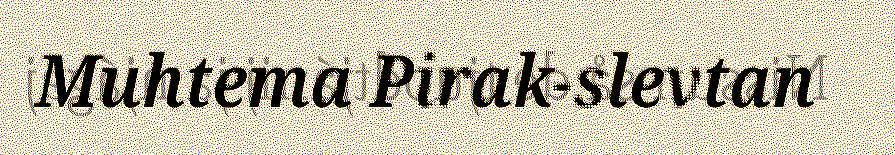
Muhtema Pirak-slevtan